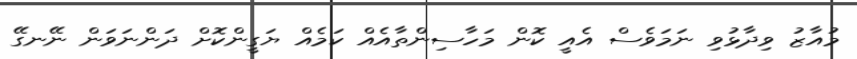
މުއާޒު ވިދާޅުވި ނަމަވެސް އެއީ ކޮން މަހާސިންތާއެއް ކަމެއް ޔަގީންކޮށް ދަންނަވަން ނޭނގޭ